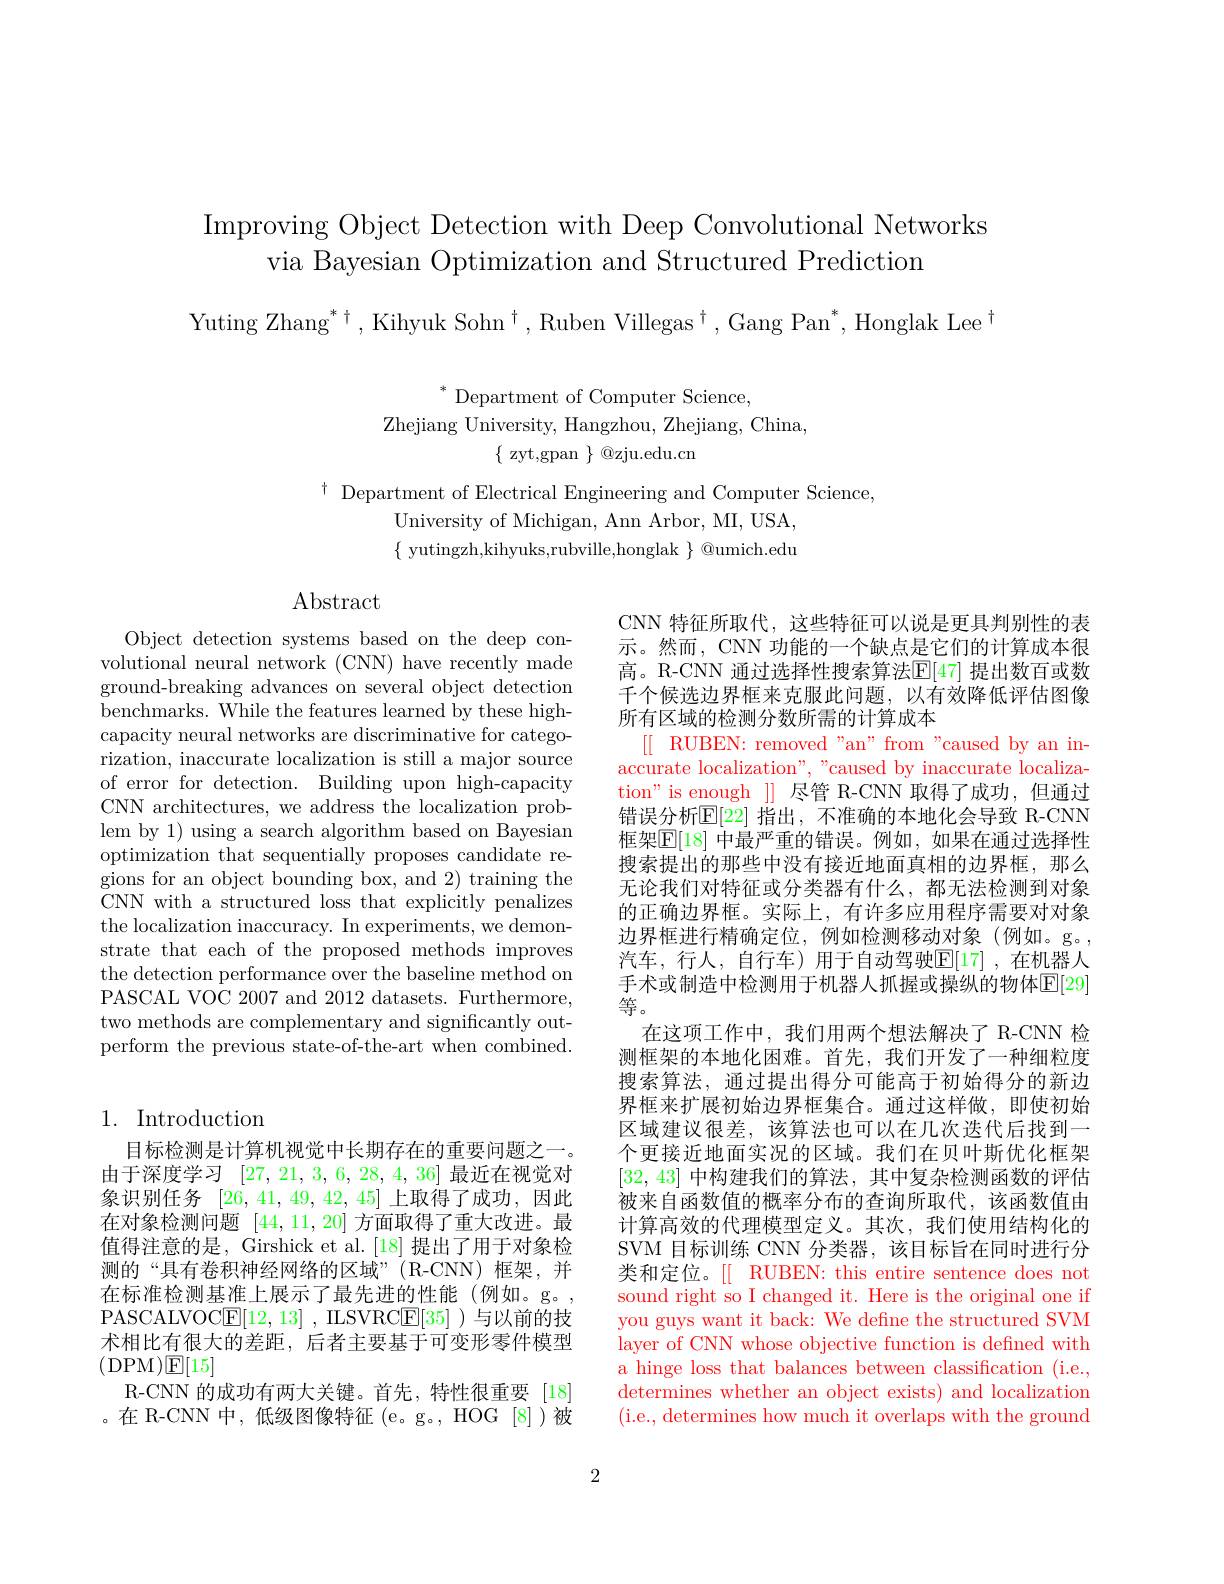
Improving Object Detection with Deep Convolutional Networks
via Bayesian Optimization and Structured Prediction

Yuting Zhang$^*\dagger$,Kihyuk Sohn$^\dagger$,Ruben Villegas$^\dagger,\text{Gang Pan}^*$,Honglak Lee$^\dagger$

$^*$Department of Computer Science,
${\mathrm{Zhejiang~University,~Hangzhou,~Zhejiang,~China,}}$
$\{$ zyt,gpan $\}$ @zju.edu.cn

$^{\dagger}$ Department of Electrical Engineering and Computer Science,
University of Michigan, Ann Arbor, MI, USA, $\{$ yutingzh,kihyuks,rubville,honglak $\}$ @umich.edu

## $\operatorname{Abstract}$

Object detection systems based on the deep convolutional neural network (CNN) have recently made ground-breaking advances on several object detection benchmarks. While the features learned by these highcapacity neural networks are discriminative for categorization, inaccurate localization is still a major source of error for detection. Building upon high-capacity CNN architectures, we address the localization problem by 1) using a search algorithm based on Bayesian optimization that sequentially proposes candidate regions for an object bounding box, and 2) training the CNN with a structured loss that explicitly penalizes the localization inaccuracy. In experiments, we demonstrate that each of the proposed methods improves the detection performance over the baseline method on PASCAL VOC 2007 and 2012 datasets. Furthermore, two methods are complementary and significantly outperform the previous state-of-the-art when combined.

CNN 特征所取代，这些特征可以说是更具判别性的表示。然而，CNN 功能的一个缺点是它们的计算成本很高。R-CNN 通过选择性搜索算法$\operatorname{E}[$47] 提出数百或数千个候选边界框来克服此问题，以有效降低评估图像所有区域的检测分数所需的计算成本
[[ RUBEN: removed" an" from" caused by an in- ] accurate localization", "caused by inaccurate localization" is enough ]] 尽管 R-CNN 取得了成功，但通过错误分析$\mathbb{E}[22]$ 指出，不准确的本地化会导致 R-CNN 框架$\mathbb{E}[18]$ 中最严重的错误。例如，如果在通过选择性搜索提出的那些中没有接近地面真相的边界框，那么无论我们对特征或分类器有什么，都无法检测到对象的正确边界框。实际上，有许多应用程序需要对对象边界框进行精确定位，例如检测移动对象(例如。g。, 汽车，行人，自行车)用于自动驾驶$\mathbb{E}[17]$,在机器人手术或制造中检测用于机器人抓握或操纵的物体$\mathbb{E}[29]$ 等。
在这项工作中，我们用两个想法解决了 R-CNN 检测框架的本地化困难。首先，我们开发了一种细粒度搜索算法，通过提出得分可能高于初始得分的新边界框来扩展初始边界框集合。通过这样做，即使初始区域律议很差，该算决也可以在几次迭代后找到一个更接近地面实况的区域。我们在贝叶斯优化框架[32,43]中构建我们的算法，其中复杂检测函数的评估被来自函数值的概率分布的查询所取代，该函数值由计算高效的代理模型定义。其次，我们使用结构化的SVM 目标训练 CNN 分类器，该目标旨在同时进行分类和定位。[[ RUBEN: this entire sentence does not sound right so I changed it. Here is the original one if you guys want it back: We define the structured SVM layer of CNN whose objective function is defined with a hinge loss that balances between classification (i.e., determines whether an object exists) and localization (i.e., determines how much it overlaps with the ground

## 1. Introduction

目标检测是计算机视觉中长期存在的重要问题之一。由于深度学习[27,21,3,6,28,4,36]最近在视觉对象识别任务 [26,41,49,42,45]上取得了成功，因此在对象检测问题[44,11,20]方面取得了重大改进。最值得注意的是，Girshick et al.[18] 提出了用于对象检测的“具有卷积神经网络的区域”(R-CNN)框架，并在标准检测基准上展示了最先进的性能(例如。g。, PASCALVOC$\underline {\mathrm{E} }[ 12, 13]$ ,ILSVRC$\underline{\mathrm{E}}[35]$ )与以前的技术相比有很大的差距，后者主要基于可变形零件模型(DPM$)\mathbb{E}[15]$
R-CNN 的成功有两大关键。首先，特性很重要[18] 。在 R-CNN 中，低级图像特征 (e。g。, HOG [8])被

2